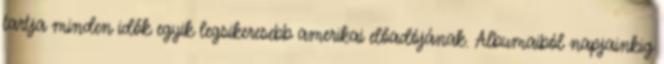
tartja minden idők egyik legsikeresebb amerikai előadójának. Albumaiból napjainkig